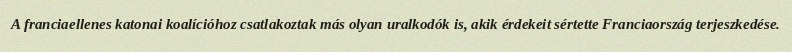
A franciaellenes katonai koalícióhoz csatlakoztak más olyan uralkodók is, akik érdekeit sértette Franciaország terjeszkedése.